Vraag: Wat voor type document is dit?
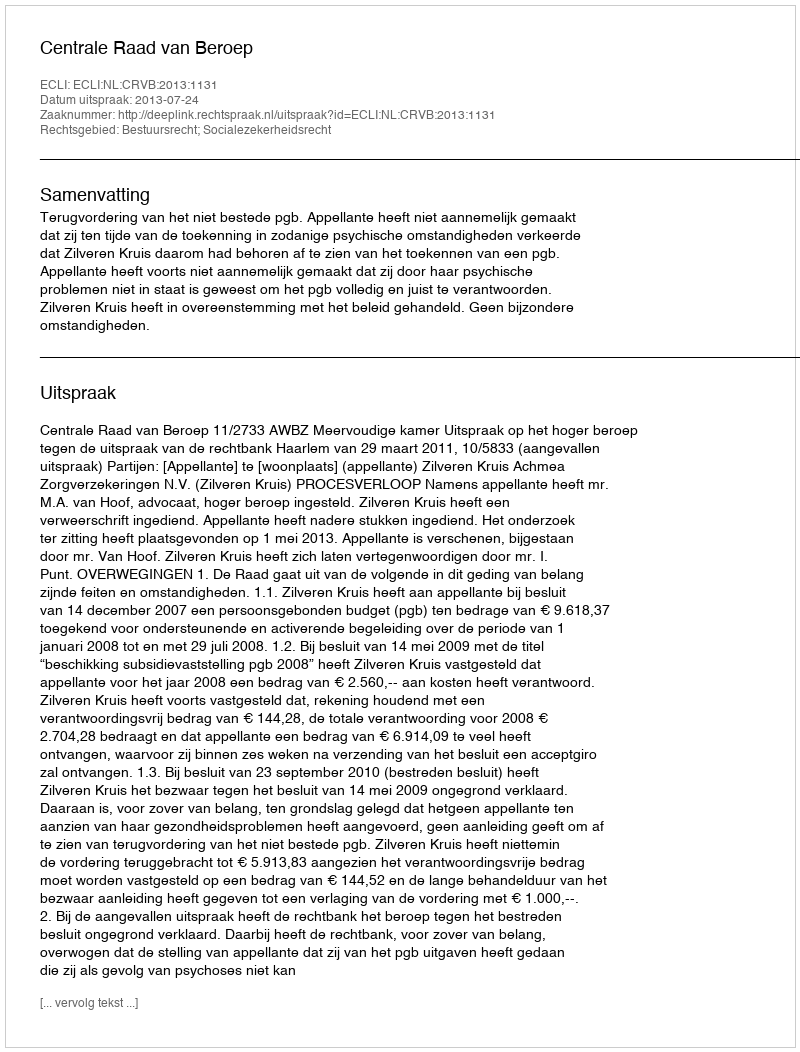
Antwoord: Uitspraak